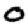
Digit: 0